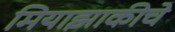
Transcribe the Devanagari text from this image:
मियाझाकीचे